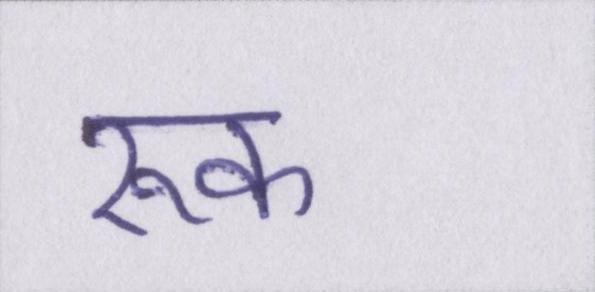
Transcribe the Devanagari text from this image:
रूक